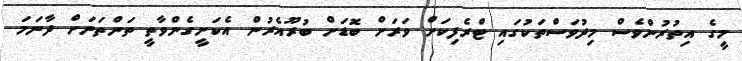
މީގެ އިތުރުންވެސް މިދުވަސްތަކުގައި ޓްރެފިކަށް ވަރަށް ބޮޑަށް ބުރޫއެރުން އެކަށީގެންވާތީ ތަންތަނަށް ދާނަމަ